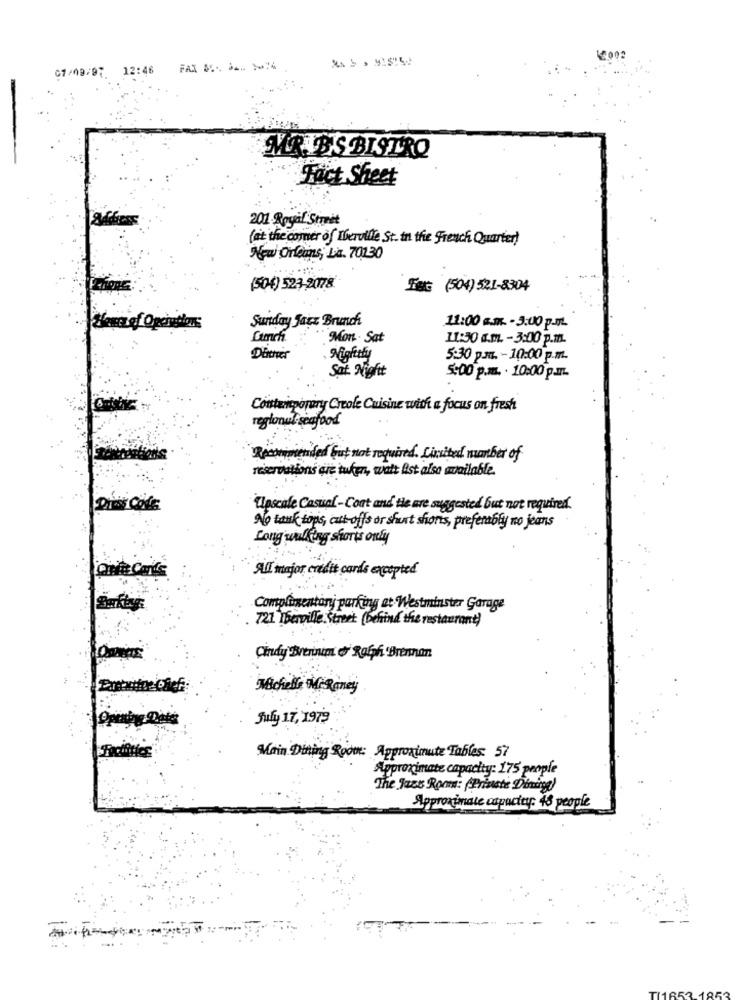
07/09/97 12:46 FAX & :: 24. 10:4
MRIB'S BISTRO
Fact Sheet
201 Royal Street
fat the comer of Wherville St. in the French Quarter)
New Orleans, La. 70130
(50€) 523-2078
TUG (504) 521-8304
efO
Sunday Jasz Brunch
11:00 KJK. - 3:00 p-TL
Cumch
Mon . Sat
11:30 a.m. - 3:00 p.m.
Migfitty
5:30 p.m. - 10:00 p.m.
Sat Night
5:00 p.m. . 10:00 p.m.
Contwnieporary Creole Cuisine with a focus on fresh
regional seafood
Recommended but not required. Limited number of
reservations are tuken, watt Ast also available.
Upscale Casual -Cont and tie are suggested but not required.
No tank tops, cut-offs or short shorts, preferably no jeans
Long walking shorts only
All major credit cards excepted
Complimentary parking at Westminster Garage
721 I berville Street (behind the restaurant)
Chudy Breninim o' Ralph Brennan
Michelle MiRaney
July 17, 1979
Moin Dining Room: Approximate Tables: 57
Approximate capacity: 175 people
The Jaze Rom: (Private Diningg)
Approximate ospacity: 48 people